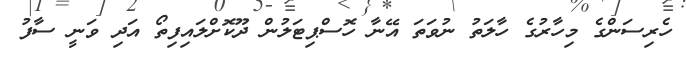
ހެރިސަންގެ މިހާރުގެ ހާލަތު ނުވަތަ އޭނާ ހޮސްޕިޓަލުން ދޫކޮށްލައިފިތޯ އަދި ވަނީ ސާފު